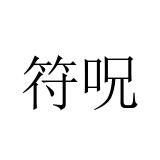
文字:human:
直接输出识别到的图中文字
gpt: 符呪